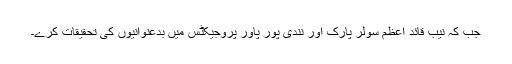
جب کہ نیب قائد اعظم سولر پارک اور نندی پور پاور پروجیکٹس میں بدعنوانیوں کی تحقیقات کرے۔